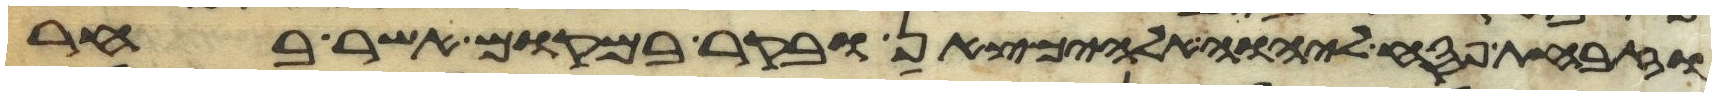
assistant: וזבחת פסח ליהוה אלהיך צאן ובקר במקום אשר בחר